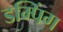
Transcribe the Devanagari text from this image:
डम्पिंग